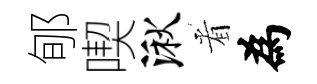
郇喫湫㸔為